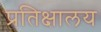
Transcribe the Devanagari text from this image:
प्रतिक्षालय